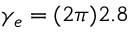
\gamma _ { e } = ( 2 \pi ) 2 . 8